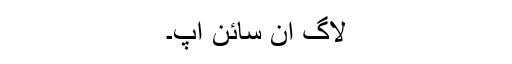
لاگ ان سائن اپ۔